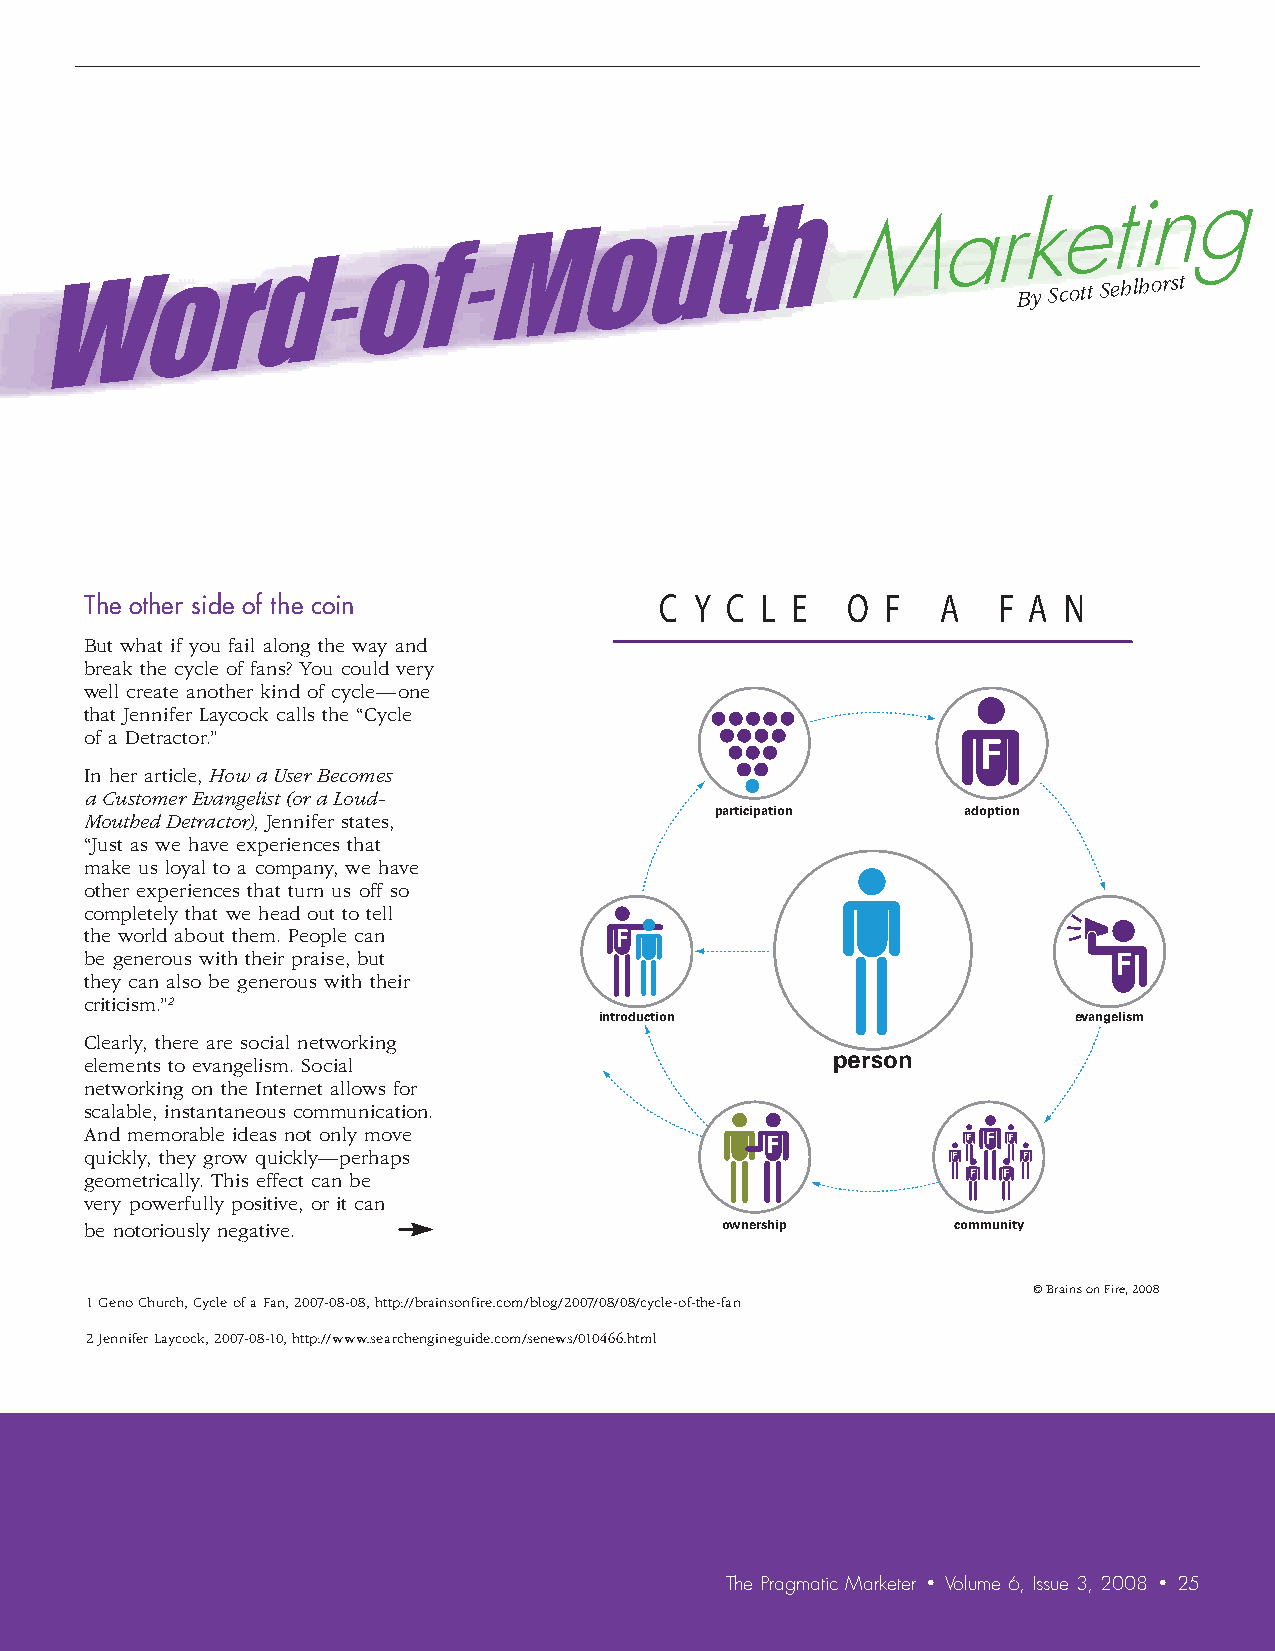
By Scott
 Sehlhorst
 The other side of the coin            C Y C L E   O  F  A   F A N
 But what if you fail along the way and
 break the cycle of fans? You could very
 well create another kind of cycle—one
 that Jennifer Laycock calls the “Cycle
 of a Detractor.”
 In her article, How a User Becomes
 a Customer Evangelist (or a Loud-
 participation    adoption
 Mouthed Detractor), Jennifer states,
 “Just as we have experiences that
 make us loyal to a company, we have
 other experiences that turn us off so
 completely that we head out to tell
 the world about them. People can
 be generous with their praise, but
 they can also be generous with their
 criticism.”2
 introduction                   evangelism
 Clearly, there are social networking
 person
 elements to evangelism. Social
 networking on the Internet allows for
 scalable, instantaneous communication.
 And memorable ideas not only move
 quickly, they grow quickly—perhaps
 geometrically. This effect can be
 very powerfully positive, or it can
 be notoriously negative.                  ownership      community
 © Brains on Fire, 2008
 1 Geno Church, Cycle of a Fan, 2007-08-08, http://brainsonfire.com/blog/2007/08/08/cycle-of-the-fan
 2 Jennifer Laycock, 2007-08-10, http://www.searchengineguide.com/senews/010466.html
 The Pragmatic Marketer • Volume 6, Issue 3, 2008 • 25